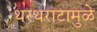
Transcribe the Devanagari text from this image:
थरथराटामुळे